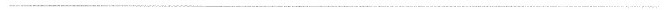
___